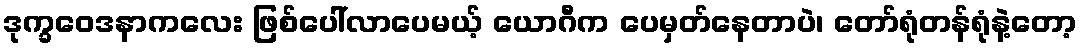
ဒုက္ခဝေဒနာကလေး ဖြစ်ပေါ်လာပေမယ့် ယောဂီက ပေမှတ်နေတာပဲ၊ တော်ရုံတန်ရုံနဲ့တော့